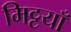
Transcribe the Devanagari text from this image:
मिट्टयाँ